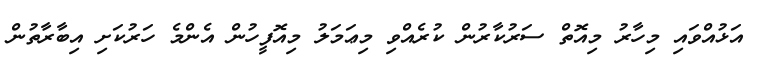
އަޅުއްވައި މިހާރު މިއޮތް ސަރުކާރުން ކުރެއްވި މިޢަމަލު މިއޮފީހުން އެންމެ ހަރުކަށި އިބާރާތުން